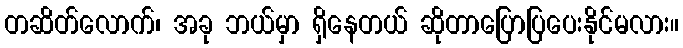
တဆိတ်လောက်၊ အခု ဘယ်မှာ ရှိနေတယ် ဆိုတာပြောပြပေးနိုင်မလား။